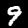
Label: 9